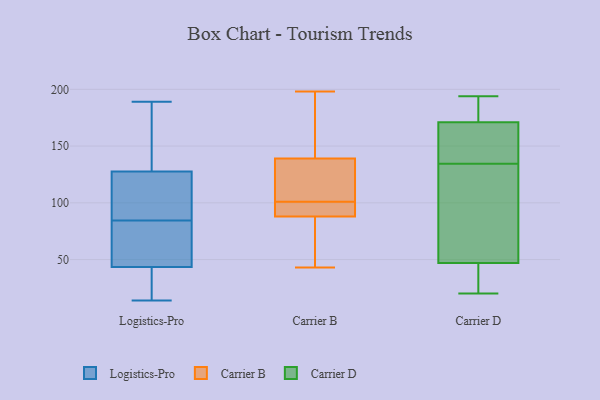
{"axis": {"x": "Churn Rate (%)", "y": "Value"}, "legend": ["Carrier B", "Carrier D", "Logistics-Pro"], "data": [{"x": "", "y": 27, "type": "Logistics-Pro"}, {"x": "", "y": 14, "type": "Logistics-Pro"}, {"x": "", "y": 132, "type": "Logistics-Pro"}, {"x": "", "y": 62, "type": "Logistics-Pro"}, {"x": "", "y": 26, "type": "Logistics-Pro"}, {"x": "", "y": 143, "type": "Logistics-Pro"}, {"x": "", "y": 75, "type": "Logistics-Pro"}, {"x": "", "y": 146, "type": "Logistics-Pro"}, {"x": "", "y": 121, "type": "Logistics-Pro"}, {"x": "", "y": 109, "type": "Logistics-Pro"}, {"x": "", "y": 60, "type": "Logistics-Pro"}, {"x": "", "y": 123, "type": "Logistics-Pro"}, {"x": "", "y": 189, "type": "Logistics-Pro"}, {"x": "", "y": 17, "type": "Logistics-Pro"}, {"x": "", "y": 60, "type": "Logistics-Pro"}, {"x": "", "y": 94, "type": "Logistics-Pro"}, {"x": "", "y": 105, "type": "Carrier B"}, {"x": "", "y": 88, "type": "Carrier B"}, {"x": "", "y": 97, "type": "Carrier B"}, {"x": "", "y": 198, "type": "Carrier B"}, {"x": "", "y": 43, "type": "Carrier B"}, {"x": "", "y": 76, "type": "Carrier B"}, {"x": "", "y": 192, "type": "Carrier B"}, {"x": "", "y": 139, "type": "Carrier B"}, {"x": "", "y": 90, "type": "Carrier B"}, {"x": "", "y": 123, "type": "Carrier B"}, {"x": "", "y": 158, "type": "Carrier D"}, {"x": "", "y": 44, "type": "Carrier D"}, {"x": "", "y": 97, "type": "Carrier D"}, {"x": "", "y": 184, "type": "Carrier D"}, {"x": "", "y": 59, "type": "Carrier D"}, {"x": "", "y": 117, "type": "Carrier D"}, {"x": "", "y": 20, "type": "Carrier D"}, {"x": "", "y": 21, "type": "Carrier D"}, {"x": "", "y": 171, "type": "Carrier D"}, {"x": "", "y": 32, "type": "Carrier D"}, {"x": "", "y": 57, "type": "Carrier D"}, {"x": "", "y": 163, "type": "Carrier D"}, {"x": "", "y": 173, "type": "Carrier D"}, {"x": "", "y": 188, "type": "Carrier D"}, {"x": "", "y": 47, "type": "Carrier D"}, {"x": "", "y": 170, "type": "Carrier D"}, {"x": "", "y": 152, "type": "Carrier D"}, {"x": "", "y": 194, "type": "Carrier D"}]}